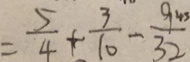
= \frac { 5 } { 4 } + \frac { 3 } { 1 0 } - \frac { 9 4 3 } { 3 2 }